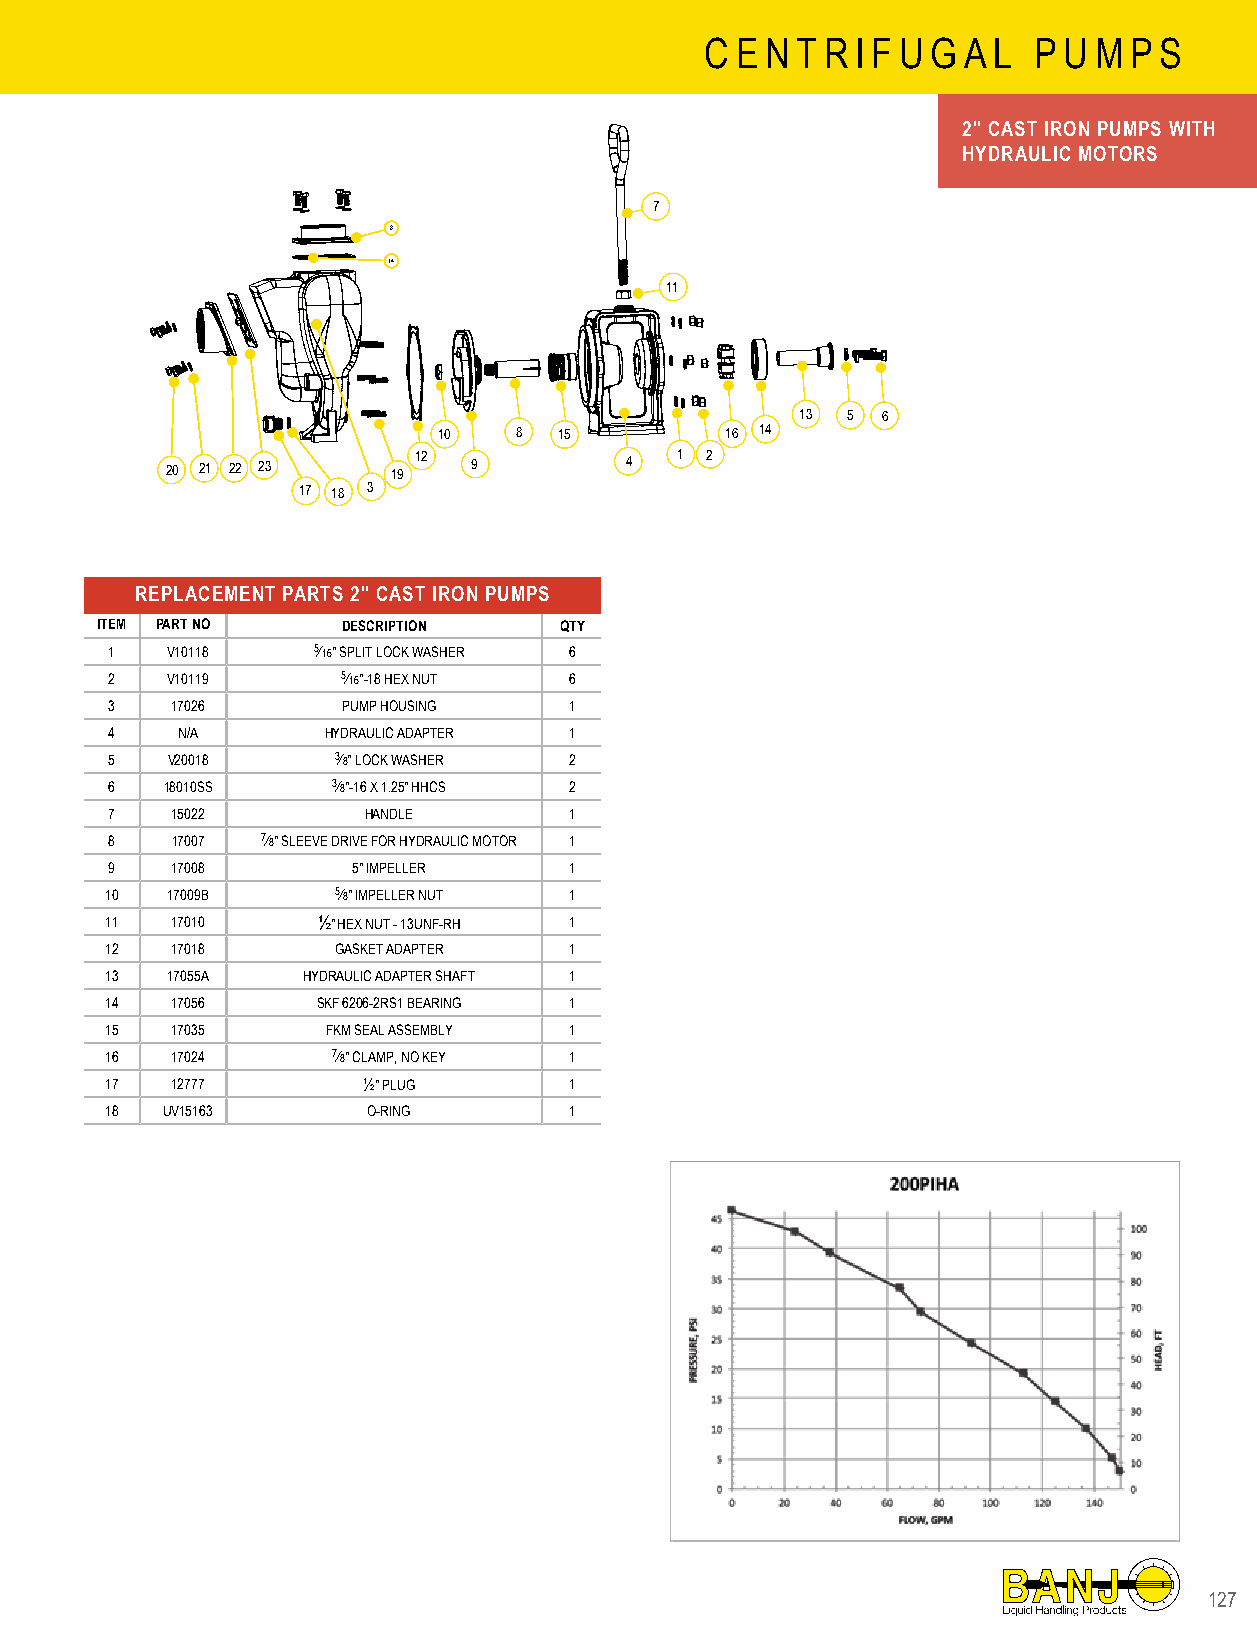
C E N T R I F U G A L P U M P S
 2" CAST IRON PUMPS WITH
 HYDRAULIC MOTORS
 7
 8
 14
 11
 13 5 6
 10   8  15         16 14
 20 21 22 23    19 12 9        4   1 2
 17 18 3
 REPLACEMENT PARTS 2" CAST IRON PUMPS
 ITEM PART NO     DESCRIPTION   QTY
 1   V10118    5⁄16" SPLIT LOCK WASHER 6
 2   V10119      5⁄16"-18 HEX NUT 6
 3   17026       PUMP HOUSING   1
 4    N/A      HYDRAULIC ADAPTER 1
 5   V20018     3⁄8" LOCK WASHER 2
 6   18010SS    3⁄8"-16 X 1.25" HHCS 2
 7   15022        HANDLE        1
 8   17007 7⁄8" SLEEVE DRIVE FOR HYDRAULIC MOTOR 1
 9   17008       5" IMPELLER    1
 10  17009B     5⁄8" IMPELLER NUT 1
 11  17010     ½" HEX NUT - 13UNF-RH 1
 12  17018      GASKET ADAPTER  1
 13  17055A   HYDRAULIC ADAPTER SHAFT 1
 14  17056     SKF 6206-2RS1 BEARING 1
 15  17035      FKM SEAL ASSEMBLY 1
 16  17024      7⁄8" CLAMP, NO KEY 1
 17  12777        ½" PLUG       1
 18  UV15163      O-RING        1
 112277